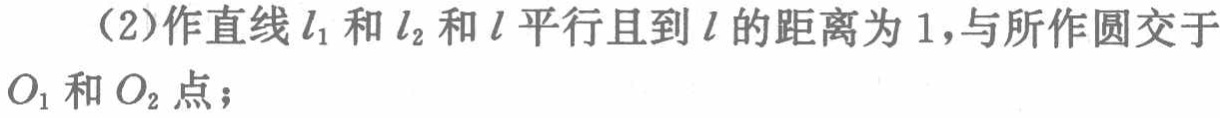
（2）作直线\(l_1\)和\(l_2\)和\(l\)平行且到\(l\)的距离为\(1\)，与所作圆交于\(O_1\)和\(O_2\)点；